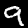
Digit: 9